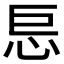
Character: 𰑋